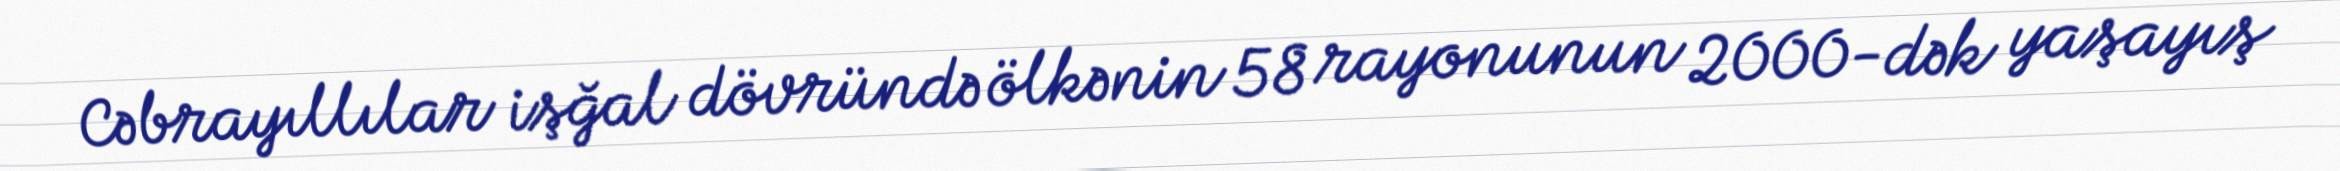
Cəbrayıllılar işğal dövründə ölkənin 58 rayonunun 2000-dək yaşayış